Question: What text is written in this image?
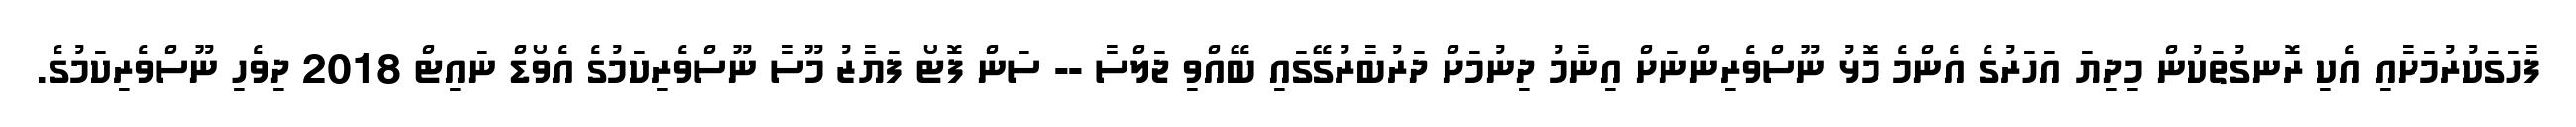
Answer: ފާހަގަކުރުމަށާއި އެކި ރޮނގުތަކުން މިދިޔަ އަހަރުގެ އެންމެ މޮޅު ނޫސްވެރިންނަށް އިނާމު ދިނުމަށް ދަރުބާރުގޭގައި ބޭއްވި ޖަލްސާ -- ސަން ފޮޓޯ ފަޔާޒު މޫސާ ނޫސްވެރިކަމުގެ އެވޯޑް ނައިޓް 2018 ދިވެހި ނޫސްވެރިކަމުގެ.